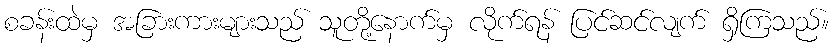
စခန်းထဲမှ အခြားကားများသည် သူတို့နောက်မှ လိုက်ရန် ပြင်ဆင်လျက် ရှိကြသည်။